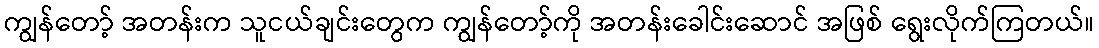
ကျွန်တော့် အတန်းက သူငယ်ချင်းတွေက ကျွန်တော့်ကို အတန်းခေါင်းဆောင် အဖြစ် ရွေးလိုက်ကြတယ်။